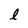
Character: l